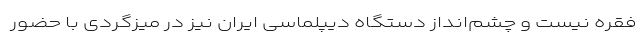
فقره نیست و چشم‌انداز دستگاه دیپلماسی ایران نیز در میزگردی با حضور